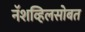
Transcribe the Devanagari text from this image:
नॅशव्हिलसोबत